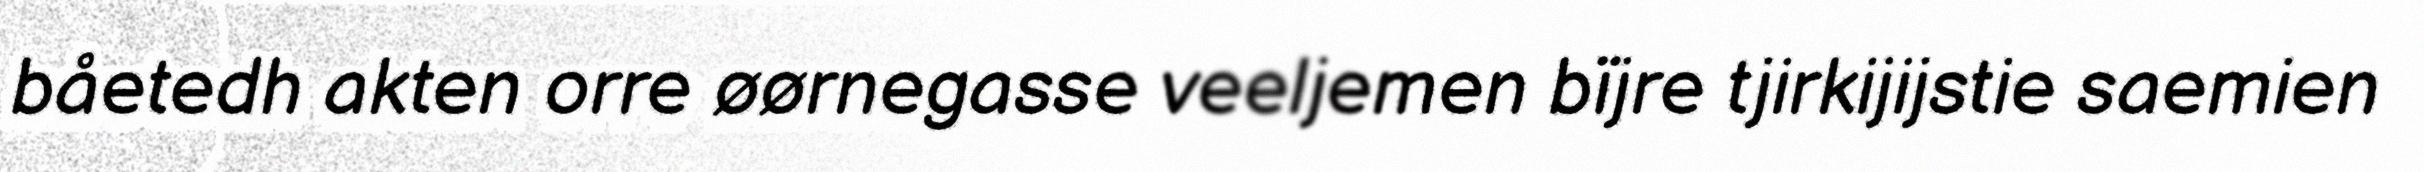
båetedh akten orre øørnegasse veeljemen bïjre tjirkijijstie saemien